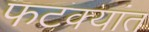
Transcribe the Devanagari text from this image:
फटक्यांत